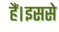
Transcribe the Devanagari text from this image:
हैं।इससे